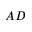
A D